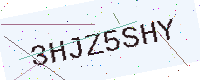
Text: 3HJZ5SHY